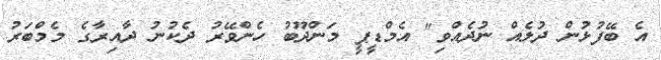
އެ ބޭފުޅުން ދުލެއް ނުދެއްވި" އެމްޑީޕީ މަންދޫބު ހެންވޭރު ދެކުނު ދާއިރާގެ މެމްބަރު